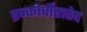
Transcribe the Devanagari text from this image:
इन्कोर्पोरातेद